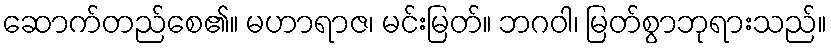
ဆောက်တည်စေ၏။ မဟာရာဇ၊ မင်းမြတ်။ ဘဂဝါ၊ မြတ်စွာဘုရားသည်။